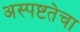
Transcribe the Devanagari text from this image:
अस्पष्टतेचा